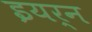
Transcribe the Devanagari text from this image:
इयर्न